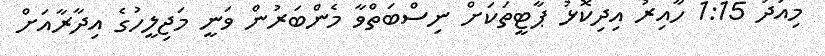
މިއަދު 1:15 ހާއިރު އިދިކޮޅު ޕާޓީތަކަށް ނިސްބަތްވާ މެންބަރުން ވަނީ މަޖިލީހުގެ އިދާރާއަށް